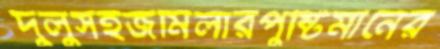
দুলুসহজমিলারপুষ্টিমানের